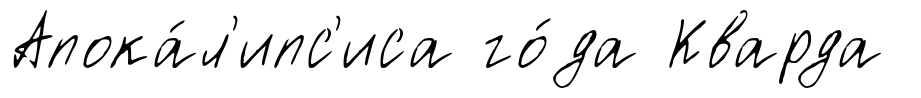
Апока́л'ипс'иса го́да Кварда